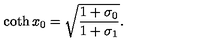
\coth x _ { 0 } = \sqrt { \frac { 1 + \sigma _ { 0 } } { 1 + \sigma _ { 1 } } } .